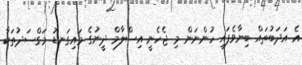
އެ އަދަބުތައް ބިނާވެފައި ހުންނަން މި ޖެހެނީ އިސްލާމް ދީނުގެ މައިގަނޑު މަގްސަދުތަކާ